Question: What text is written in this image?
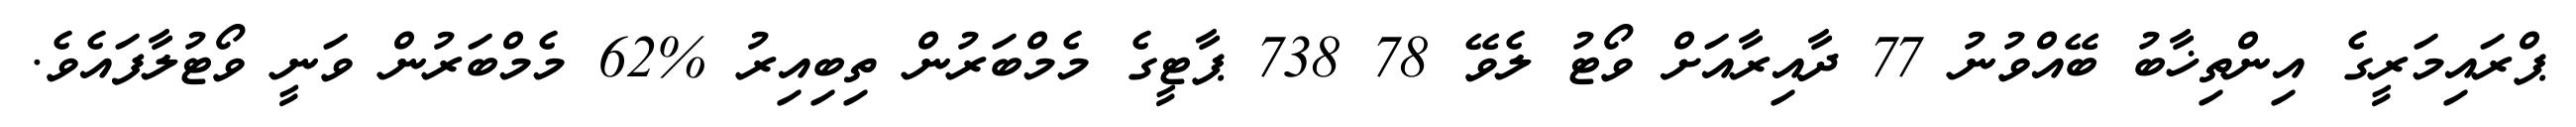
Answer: ޕްރައިމަރީގެ އިންތިޚާބު ބޭއްވުނު 77 ދާއިރާއަށް ވޯޓު ލެވޭ 78 738 ޕާޓީގެ މެމްބަރުން ތިބިއިރު %62 މެމްބަރުން ވަނީ ވޯޓުލާފައެވެ.